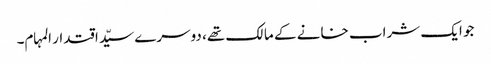
جو ایک شراب خانے کے مالک تھے، دوسرے سیّد اقتدار المہام۔